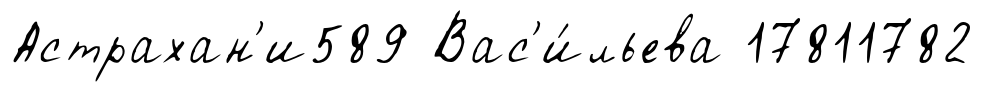
Астрахан'и589 Вас'и́льева 17811782